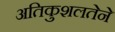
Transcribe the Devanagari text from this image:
अतिकुशलतेने